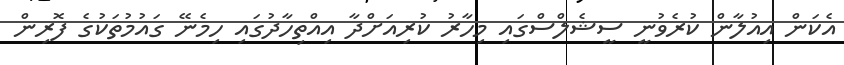
އެކަން އިއުލާން ކުރެވުނީ ސީޝެލްސްގައި މިހާރު ކުރިއަށްދާ އިއްތިހާދުގައި ހިމެނޭ ގަައުމުތަކުގެ ފޮރިން